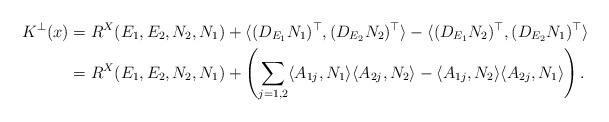
LaTeX: \begin{align*}K^\perp(x)&= R^X(E_1,E_2,N_2,N_1) + \langle (D_{E_1}N_1)^\top, (D_{E_2}N_2)^\top \rangle -\langle (D_{E_1}N_2)^\top, (D_{E_2}N_1)^\top \rangle \\&= R^X(E_1,E_2,N_2,N_1) +\left( \sum_{j=1,2}\langle A_{1j},N_1\rangle \langle A_{2j}, N_2 \rangle - \langle A_{1j},N_2\rangle \langle A_{2j}, N_1 \rangle \right).\end{align*}